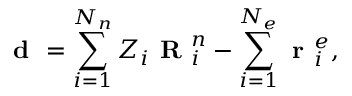
\textbf { d } = \sum _ { i = 1 } ^ { N _ { n } } Z _ { i } \textbf { R } _ { i } ^ { n } - \sum _ { i = 1 } ^ { N _ { e } } \textbf { r } _ { i } ^ { e } ,